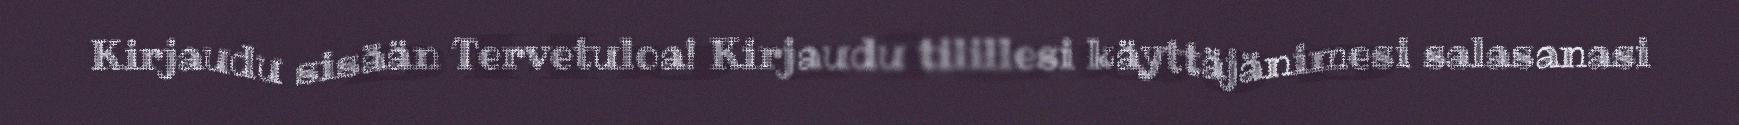
Kirjaudu sisään Tervetuloa! Kirjaudu tilillesi käyttäjänimesi salasanasi